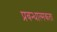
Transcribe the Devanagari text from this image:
प्रबन्धात्मकता